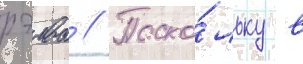
рэива // Поско́льку в